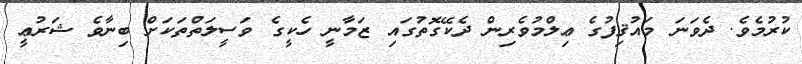
ކުރުމެވެ. ދެވަނަ މައުޤިފުގެ ޢިލްމުވެރިން ދެކޭގޮތުގައި ޒަމާނީ ހެކީގެ ވަސީލަތްތަކަށް ބިނާވެ ޝަރުޢީ